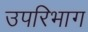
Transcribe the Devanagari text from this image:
उपरिभाग